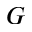
G